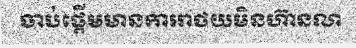
ចាប់ផ្តើមមានការរាថយមិនហ៊ានលា